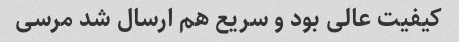
کیفیت عالی بود و سریع هم ارسال شد مرسی